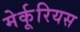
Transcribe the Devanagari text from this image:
मेर्कूरियस